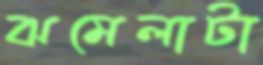
ঝমেলাটা